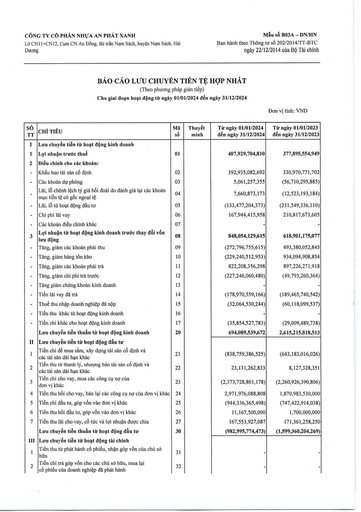
|Số TT|CHỈ TIÊU|Mã Số|Thuyết Minh|Từ ngày 01/01/2024 đến ngày 31/12/2024|Từ ngày 01/01/2023 đến ngày 31/12/2023| |---|---|---|---|---|---| |I|Lưu chuyển tiền từ hoạt động kinh doanh||||| |1|Lợi nhuận trước thuế|01||407,929,704,810|377,895,554,949| |2|Điều chỉnh cho các khoản:||||| ||Khấu hao tài sản cố định|02||392,935,082,692|330,970,771,702| ||Các khoản dự phòng|03||5,061,257,355|(56,710,295,885)| ||Lãi, lỗ chênh lệch tỷ giá hối đoái do đánh giá lại các khoản mục tiền tệ có gốc ngoại tệ|04||7,660,873,173|(12,523,193,184)| ||Lãi, lỗ từ hoạt động đầu tư|05||(133,477,204,373)|(231,549,336,110)| ||Chi phí lãi vay|06||167,944,415,958|210,817,673,605| ||Các khoản điều chỉnh khác|07|||| |3|Lợi nhuận từ hoạt động kinh doanh trước thay đổi vốn lưu động|08||848,054,129,615|618,901,175,077| ||Tăng, giảm các khoản phải thu|09||(272,796,755,615)|493,380,052,845| ||Tăng, giảm hàng tồn kho|10||(229,240,512,953)|934,094,908,854| ||Tăng, giảm các khoản phải trả|11||822,208,356,298|897,226,271,918| ||Tăng, giảm chi phí trả trước|12||(227,246,060,480)|(49,793,260,364)| ||Tăng giảm chứng khoán kinh doanh|13|||| ||Tiền lãi vay đã trả|14||(178,970,559,166)|(189,465,740,542)| ||Thuế thu nhập doanh nghiệp đã nộp|15||(32,064,530,244)|(60,118,099,537)| ||Tiền thu khác từ hoạt động kinh doanh|16|||| ||Tiền chi khác cho hoạt động kinh doanh|17||(35,854,527,783)|(29,009,489,738)| ||Lưu chuyển tiền thuần từ hoạt động kinh doanh|20||694,089,539,672|2,615,215,818,513| |II|Lưu chuyển tiền từ hoạt động đầu tư||||| |1|Tiền chi để mua sắm, xây dựng tài sản cố định và các tài sản dài hạn khác|21||(838,759,386,525)|(643,183,016,026)| |2|Tiền thu từ thanh lý, nhượng bán tài sản cố định và các tài sản dài hạn khác|22||23,131,262,833|8,127,328,351| |3|Tiền chi cho vay, mua các công cụ nợ của đơn vị khác|23||(2,373,728,801,178)|(2,260,926,390,806)| |4|Tiền thu hồi cho vay, bán lại các công cụ nợ của đơn vị khác|24||2,971,976,088,808|1,870,983,530,000| |5|Tiền chi đầu tư, góp vốn vào đơn vị khác|25||(944,336,365,498)|(747,422,914,038)| |6|Tiền thu hồi đầu tư, góp vốn vào đơn vị khác|26||11,167,500,000|1,700,000,000| |7|Tiền thu lãi cho vay, cổ tức và lợi nhuận được chia|27||167,553,927,087|171,361,258,250| ||Lưu chuyển tiền thuần từ hoạt động đầu tư|30||(982,995,774,473)|(1,599,360,204,269)| |III|Lưu chuyển tiền từ hoạt động tài chính||||| |1|Tiền thu từ phát hành cổ phiếu, nhận góp vốn của chủ sở hữu|31|||| |2|Tiền chi trả góp vốn cho các chủ sở hữu, mua lại cổ phiếu của doanh nghiệp đã phát hành|32||||